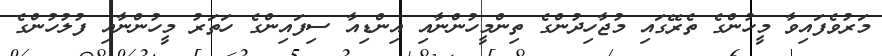
މަރުވެފައިވާ މީހުންގެ ތެރޭގައި މުޖާހިދުންގެ ތިންމީހުންނާއި އިންޑިއާ ސިފައިންގެ ހަތަރު މީހުންނާއި ފުލުހުންގެ